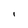
Character: I